Vaccination in Bombay 1902-1912 - 1902-1912
Year: 1902
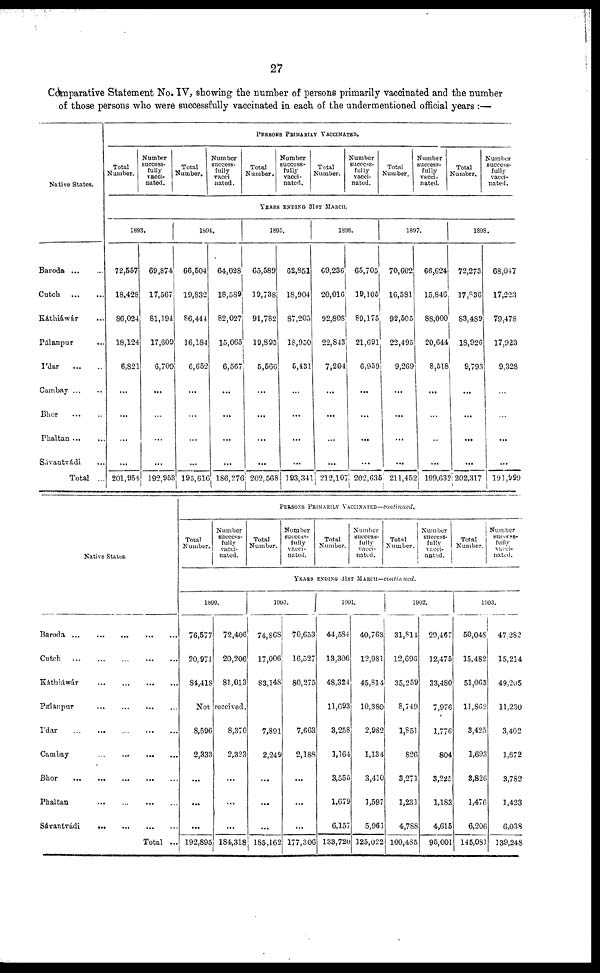
27
Comparative Statement No. IV, showing the number of persons primarily vaccinated and the number
of those persons who were successfully vaccinated in each of the undermentioned official years :—
Native States.
Baroda
...
...
Cutch
... ...
Káthiáwár ...
Pálanpur ...
I'dar
... ...
Cambay ... ...
Bhor
... ...
Phaltan ... ...
Sávantvádi ...
Total ...
PERSONS PRIMARILY VACCINATED.
Total
Number.
Number
success-
fully
vacci-
nated.
Total
Number.
Number
success-
fully
vacci
nated.
Total
Number.
Number
success-
fully
vacci-
nated.
Total
Number.
Number
success-
fully
vacci-
nated.
Total
Number.
Number
success-
fully
vacci-
nated.
Total
Number.
Number
success-
fully
vacci-
nated .
YEARS ENDING 31ST MARCH.
1893.
72,557
18,428
86,024
18,124
6,821
...
...
...
...
201,954
69,874
17,567
81,194
17,609
6,709
...
...
...
...
192,953
1894.
66,504
19,832
86,444
16,184
6,652
...
...
...
...
195,616
64,028
18,589
82,027
15,065
6,567
...
...
...
...
186,276
1895.
65,589
19,738
91,782
19,893
5,566
...
...
...
...
202,568
62,851
18,904
87,205
18,950
5,431
...
...
...
...
193,341
1896.
69,236
20,016
92,808
22,843
7,204
...
...
...
...
212,107
65,705
19,105
89,175
21,691
6,959
...
...
...
...
202,635
1897.
70,602
16,581
92,505
22,495
9,269
...
...
...
...
211,452
66,624
15,846
88,000
20,644
8,518
...
...
...
...
199,632
1898.
72,273
17,836
83,489
18,926
9,793
...
...
...
...
202,317
68,047
17,223
79,478
17,923
9,328
...
...
...
...
191,999
Native States.
Baroda
...
...
...
...
...
Cutch
...
...
...
...
...
Káthiáwár
...
...
...
...
Pálanpur
...
...
...
...
I'dar
... ... ... ... ...
Cambay
... ... ...
...
Bhor ... ... ... ... .. ...
Phaltan
... ...
...
...
Sávantvádi ... ... ... ...
Total ...
PERSONS PRIMARILY VACCINATED — continued.
Total
Number.
Number
success-
fully
vacci-
nated.
Total
Number.
Number
success-
fully
vacci-
nated.
Total
Number.
Number
success-
fully
vacci-
nated.
Total
Number.
Number
success-
fully
vacci-
nated.
Total
Number.
Number
success-
fully
vacci-
nated.
YEARS ENDING 31ST MARCH—continued.
1899.
76,577
20,971
84,418
Not
8,596
2,333
...
...
...
192,895
72,406
20,206
81,013
received.
8,370
2,323
...
...
...
184,318
1900.
74,868
17,006
83,148
7,891
2,249
...
...
...
185,162
70,653
16,527
80,275
7,663
2,188
...
...
...
177,306
1901.
44,584
13,306
48,324
11,693
3,258
1,164
3,555
1,679
6,157
133,720
40,763
12,981
45,814
10,380
2,982
1,134
3,410
1,597
5,961
125,022
1902.
31,814
12,696
35,259
8,749
1,851
826
3,271
1,231
4,788
100,485
29,467
12,475
33,480
7,976
1,776
804
3,225
1,183
4,615
95,001
1903.
50,048
15,482
51,063
11,862
3,425
1,693
3,826
1,476
6,206
145,081
47,282
15,214
49,205
11,230
3,402
1,672
3,782
1,423
6,038
139,248